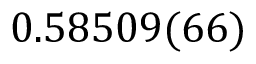
0 . 5 8 5 0 9 ( 6 6 )